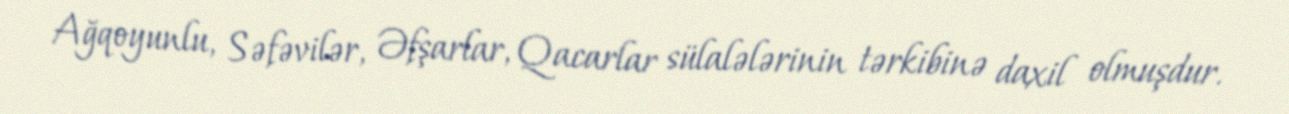
Ağqoyunlu, Səfəvilər, Əfşarlar, Qacarlar sülalələrinin tərkibinə daxil olmuşdur.